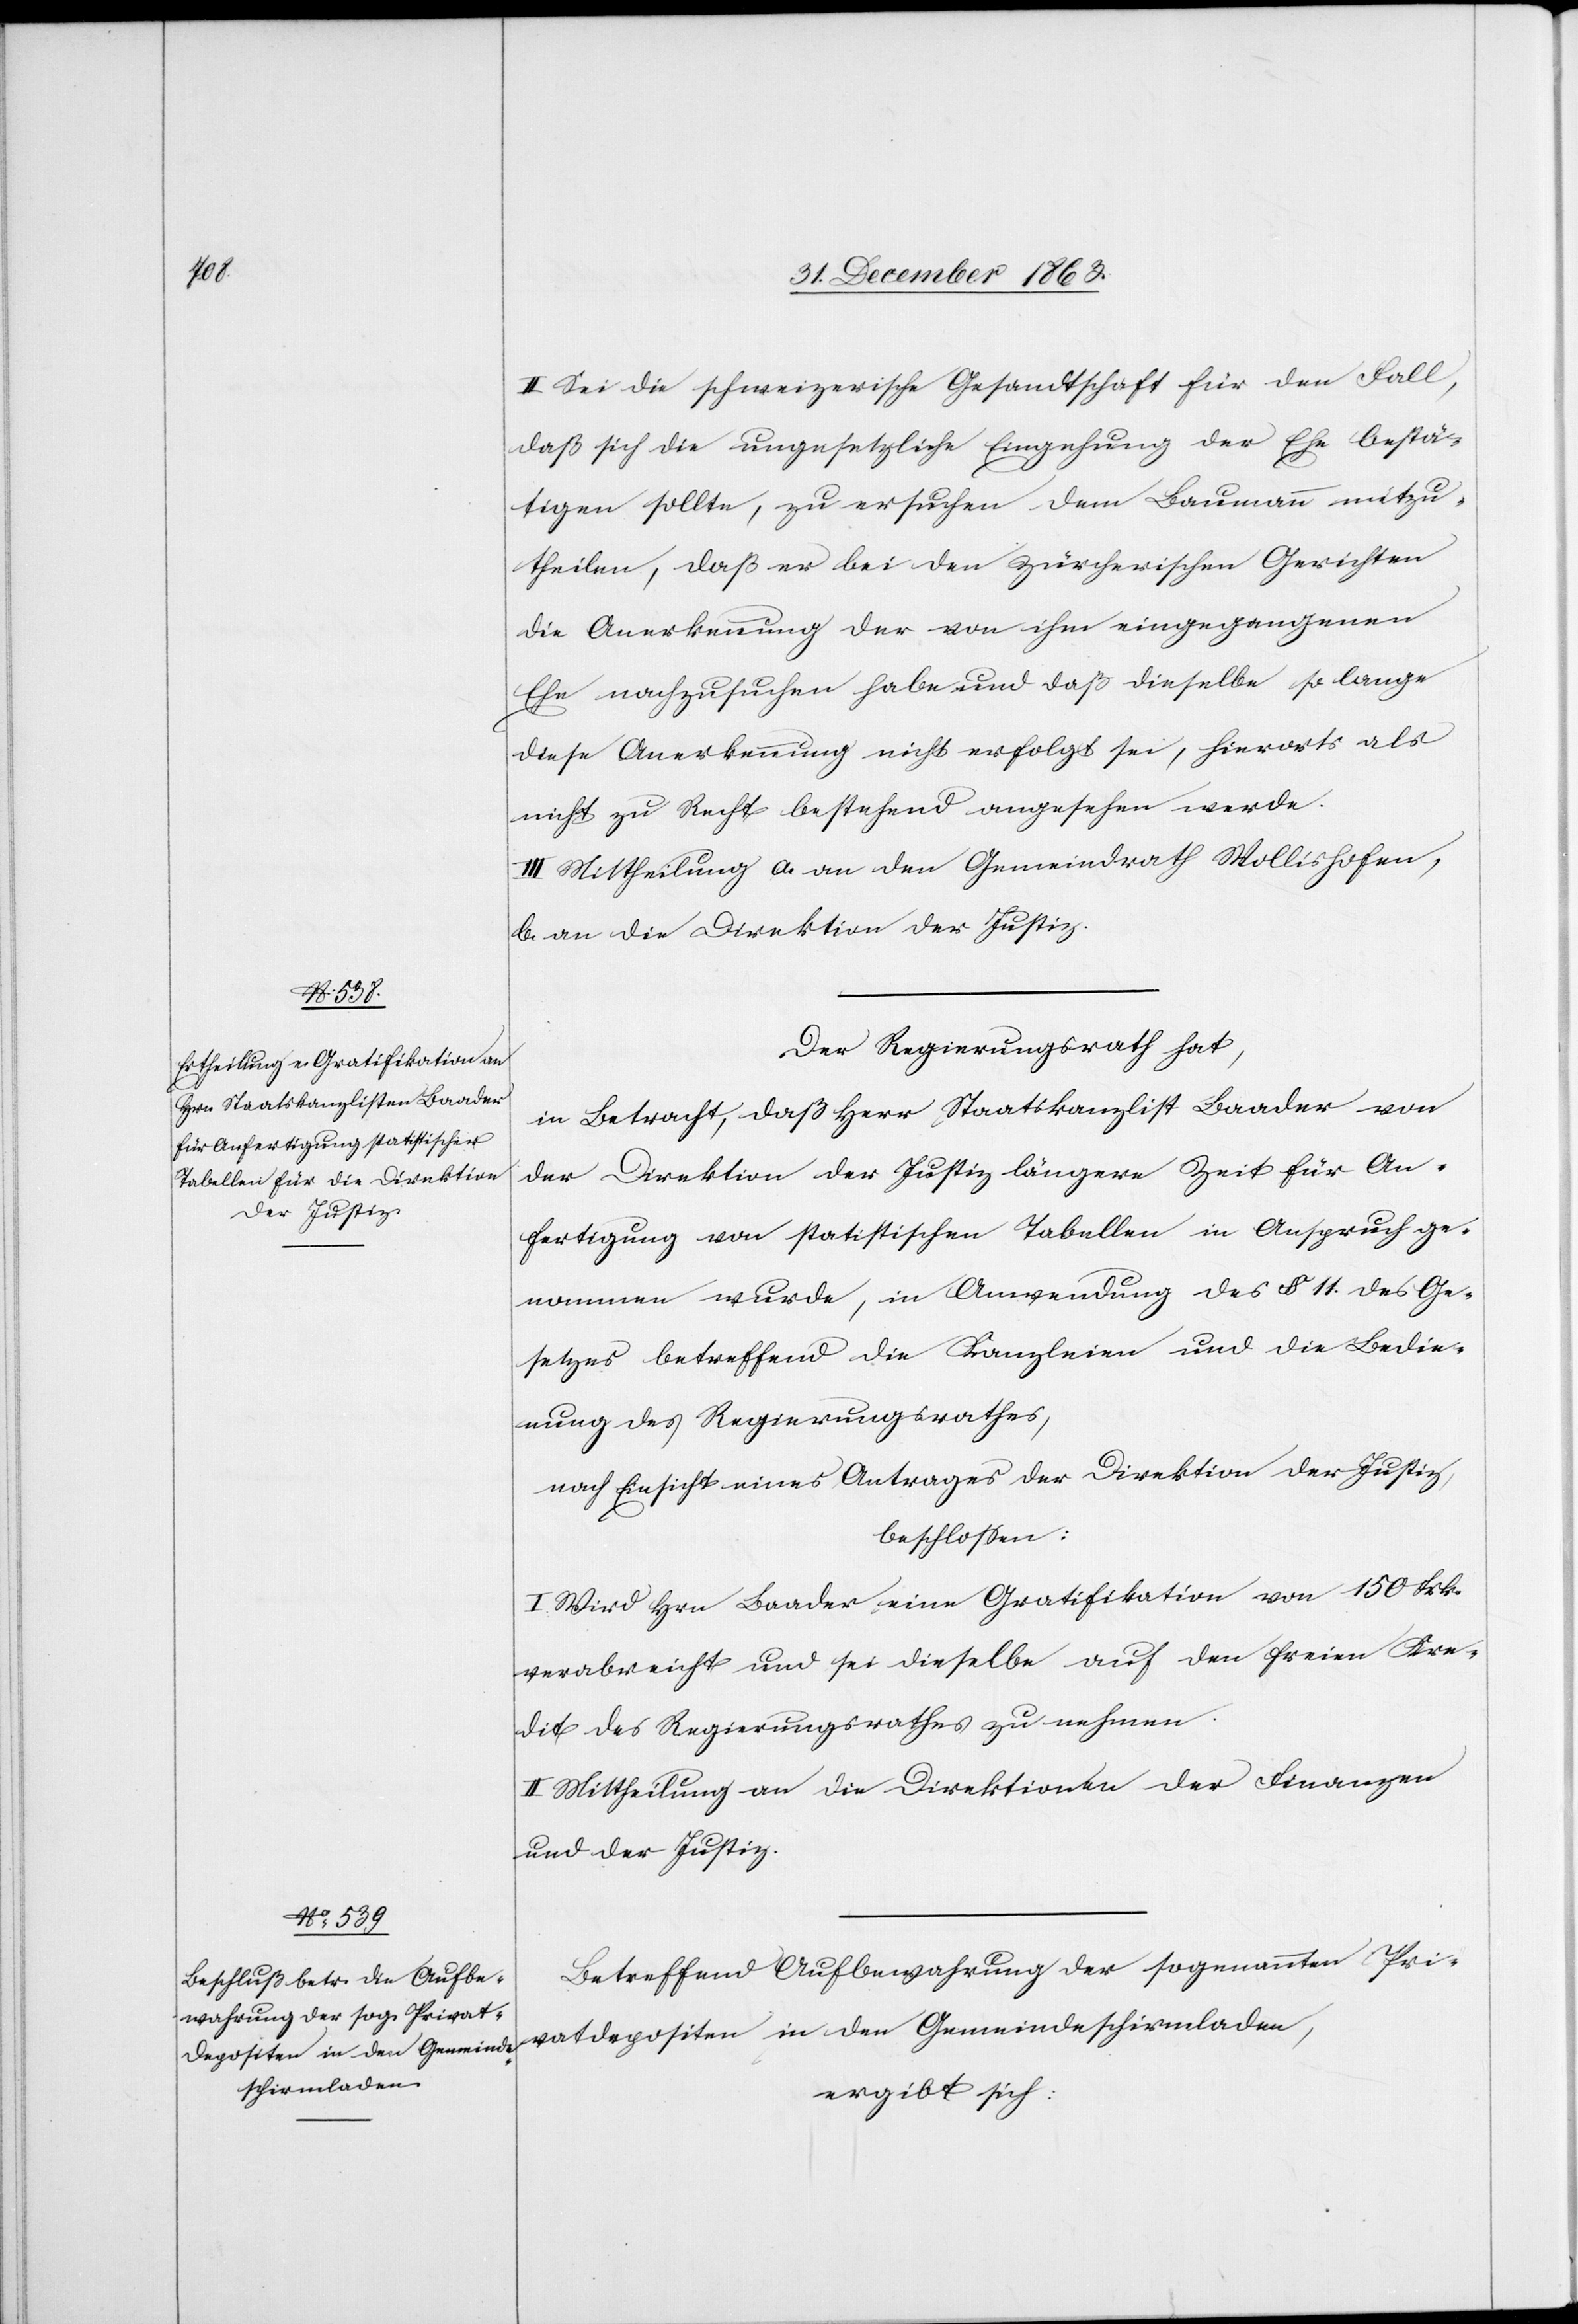
II. Sei die schweizerische Gesandtschaft für den Fall,
daß sich die ungesetzliche Eingehung der Ehe bestä¬
tigen sollte, zu ersuchen dem Baumann mitzu¬
theilen, daß er bei den zürcherischen Gerichten
die Anerkennung der von ihm eingegangenen
Ehe nachzusuchen habe und daß dieselbe so lange
diese Anerkennung nicht erfolgt sei, hierorts als
nicht zu Recht bestehend angesehen werde.
III. Mittheilung a. an den Gemeindrath Wollishofen,
b. an die Direktion der Justiz.
Der Regierungsrath hat,
in Betracht, daß Herr Staatskanzlist Baader von
der Direktion der Justiz längere Zeit für An¬
fertigung von statistischen Tabellen in Anspruch ge¬
nommen wurde, in Anwendung des § 11. des Ge¬
setzes betreffend die Kanzleien und die Bedie¬
nung des Regierungsrathes,
nach Einsicht eines Antrages der Direktion der Justiz,
beschlossen:
I. Wird Hrn Baader eine Gratifikation von 150 Frk.
verabreicht und sei dieselbe auf den freien Kre¬
dit des Regierungsrathes zu nehmen.
II. Mittheilung an die Direktionen der Finanzen
und der Justiz.
Betreffend Aufbewahrung der sogenannten Pri¬
vatdepositen in den Gemeindeschirmladen,
ergibt sich: